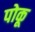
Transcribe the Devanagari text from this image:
पोकू